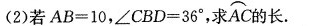
(2)若$$A B = 1 0$$，$$∠ C B D = 3 6 °$$，求AC的长.